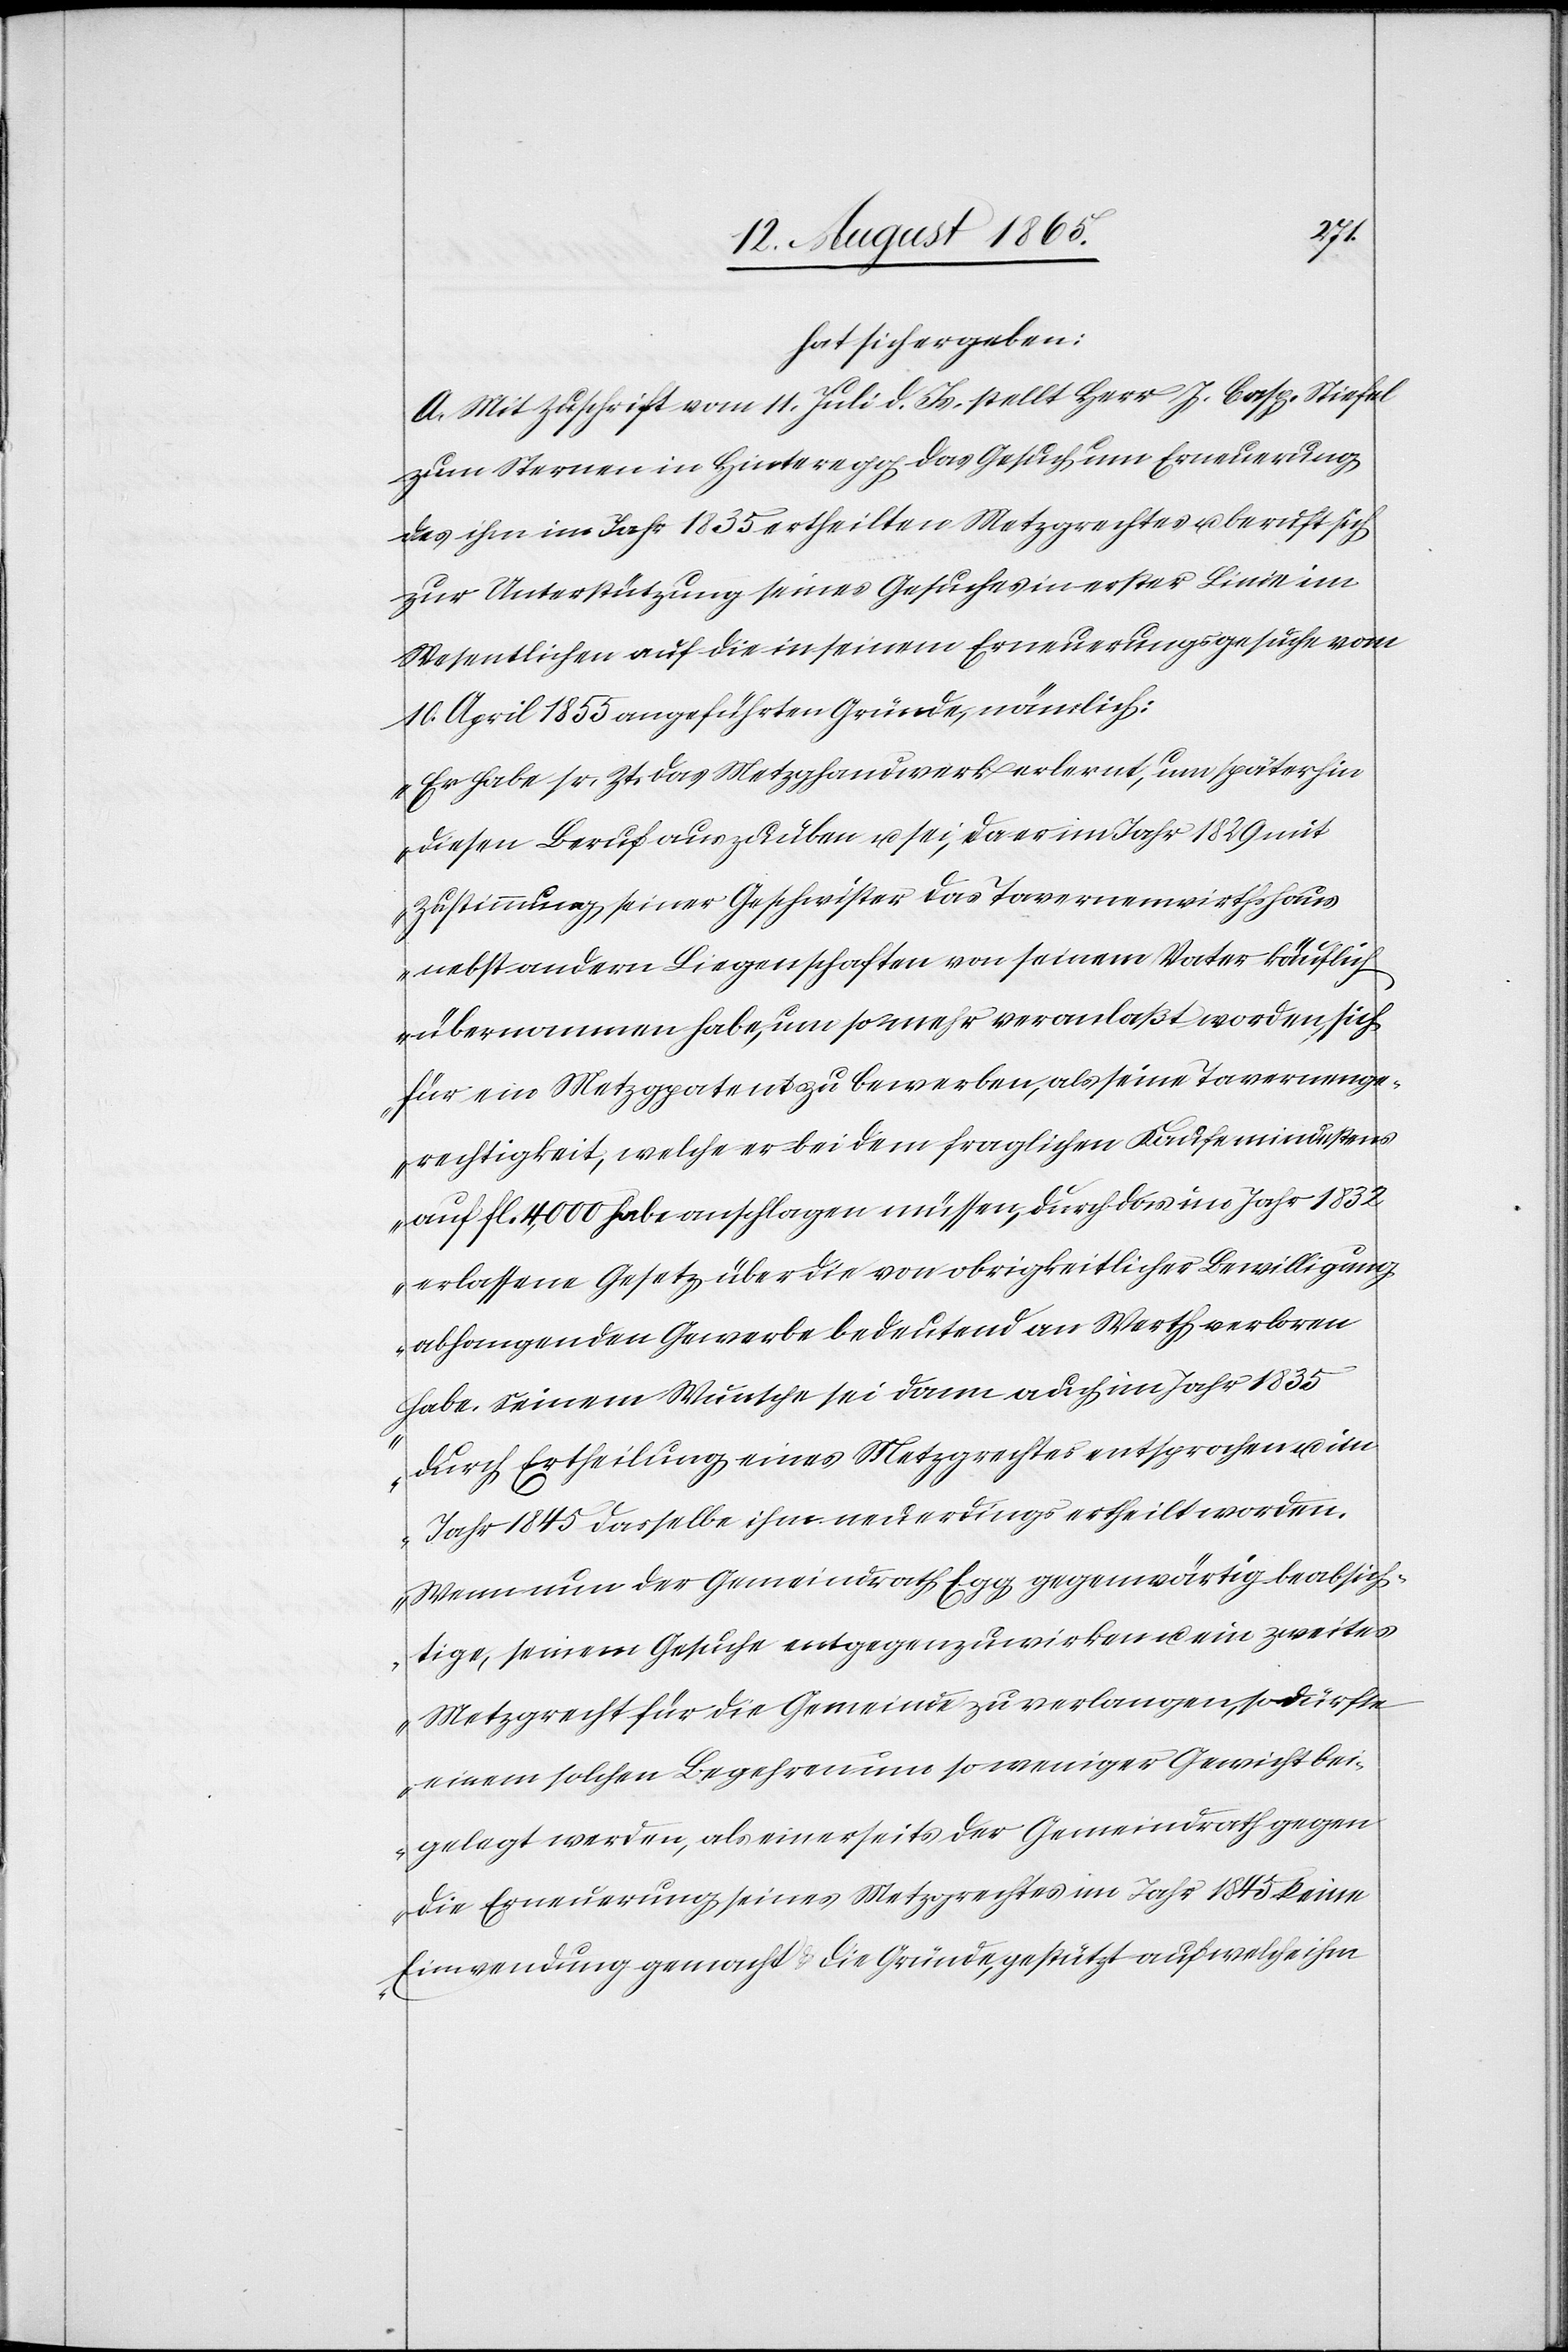
hat sich ergeben:
A. Mit Zuschrift vom 11. Juli d. Js. stellt Herr J. Casp. Stiefel
zum Sternen in Hinteregg das Gesuch um Erneuerung
des ihm im Jahr 1835 ertheilten Metzgrechtes u. beruft sich
zur Unterstützung seines Gesuches in erster Linie im
Wesentlichen auf die in seinem Erneuerungsgesuche vom
10. April 1855 angeführten Gründe, nämlich:
„Er habe sr. Zt. das Metzghandwerk erlernt, um späterhin
diesen Beruf auszuüben u. sei, da er im Jahr 1829 mit
Zustimmung, seiner Geschwister das Tavernenwirthshaus
nebst andern Liegenschaften von seinem Vater käuflich
übernommen habe, um so mehr veranlaßt worden, sich
für ein Metzgpatent zu bewerben, als seine Tavernenge¬
rechtigkeit, welche er bei dem fraglichen Kaufe mindestens
auf fl. 4,000 habe anschlagen müssen, durch das im Jahr 1832
erlassene Gesetz über die von obrigkeitlicher Bewilligung
abhangenden Gewerbe bedeutend an Werth verloren
habe. Seinem Wunsche sei dann auch im Jahr 1835
durch Ertheilung eines Metzgrechtes entsprochen u. im
Jahr 1845 dasselbe ihm neuerdings ertheilt worden.
Wenn nun der Gemeindrath Egg gegenwärtig beabsich¬
tige, seinem Gesuche entgegenzuwirken u. ein zweites
Metzgrecht für die Gemeinde zu verlangen, so dürfte
einem solchen Begehren um so weniger Gewicht bei¬
gelegt werden, als einerseits der Gemeindrath gegen
die Erneuerung seines Metzgrechtes im Jahr 1845 keine
Einwendung gemacht u. die Gründe, gestützt auf welche ihm